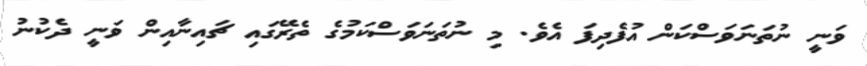
ވަނީ ނުތަނަވަސްކަން އުފެދިފަ އެވެ. މި ނުތަަނަވަސްކަމުގެ ތެރޭގައި ޗައިނާއިން ވަނީ ދެކުނު